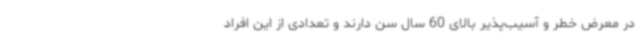
در معرض خطر و آسیب‌پذیر بالای 60 سال سن دارند و تعدادی از این افراد